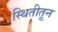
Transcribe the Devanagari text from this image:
स्थितीतून